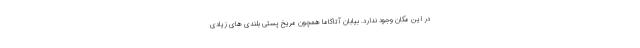
در این مکان وجود ندارد. بیابان آتاکاما همچون مریخ پستی بلندی های زیادی